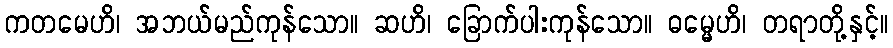
ကတမေဟိ၊ အဘယ်မည်ကုန်သော။ ဆဟိ၊ ခြောက်ပါးကုန်သော။ ဓမ္မေဟိ၊ တရာတို့နှင့်။